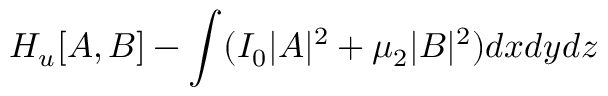
{ \cal H } _ { u } [ A , B ] - \int ( I _ { 0 } | A | ^ { 2 } + \mu _ { 2 } | B | ^ { 2 } ) d x d y d z